Problem: 7 × 4 = ?
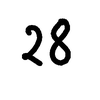
Handwritten answer: 28